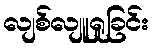
လျစ်လျူရှုခြင်း